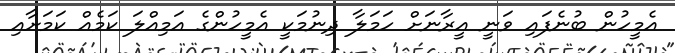
އެމީހުން ބުނެފައި ވަނީ އީރާނަށް ހަމަލާ ދިނުމަކީ އެމީހުންގެ އަމިއްލަ ކަމެއް ކަމަށާއި